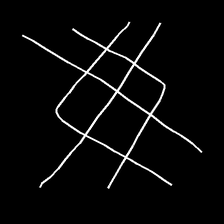
Glyph: crystal